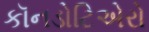
કૉનડોટિએરો